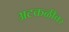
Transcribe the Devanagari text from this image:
अटकळींवर